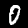
Label: 0